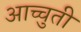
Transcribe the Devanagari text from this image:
आच्चुती